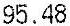
95.48